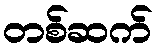
တစ်ဆက်